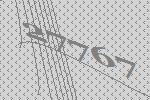
27767